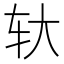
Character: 轪